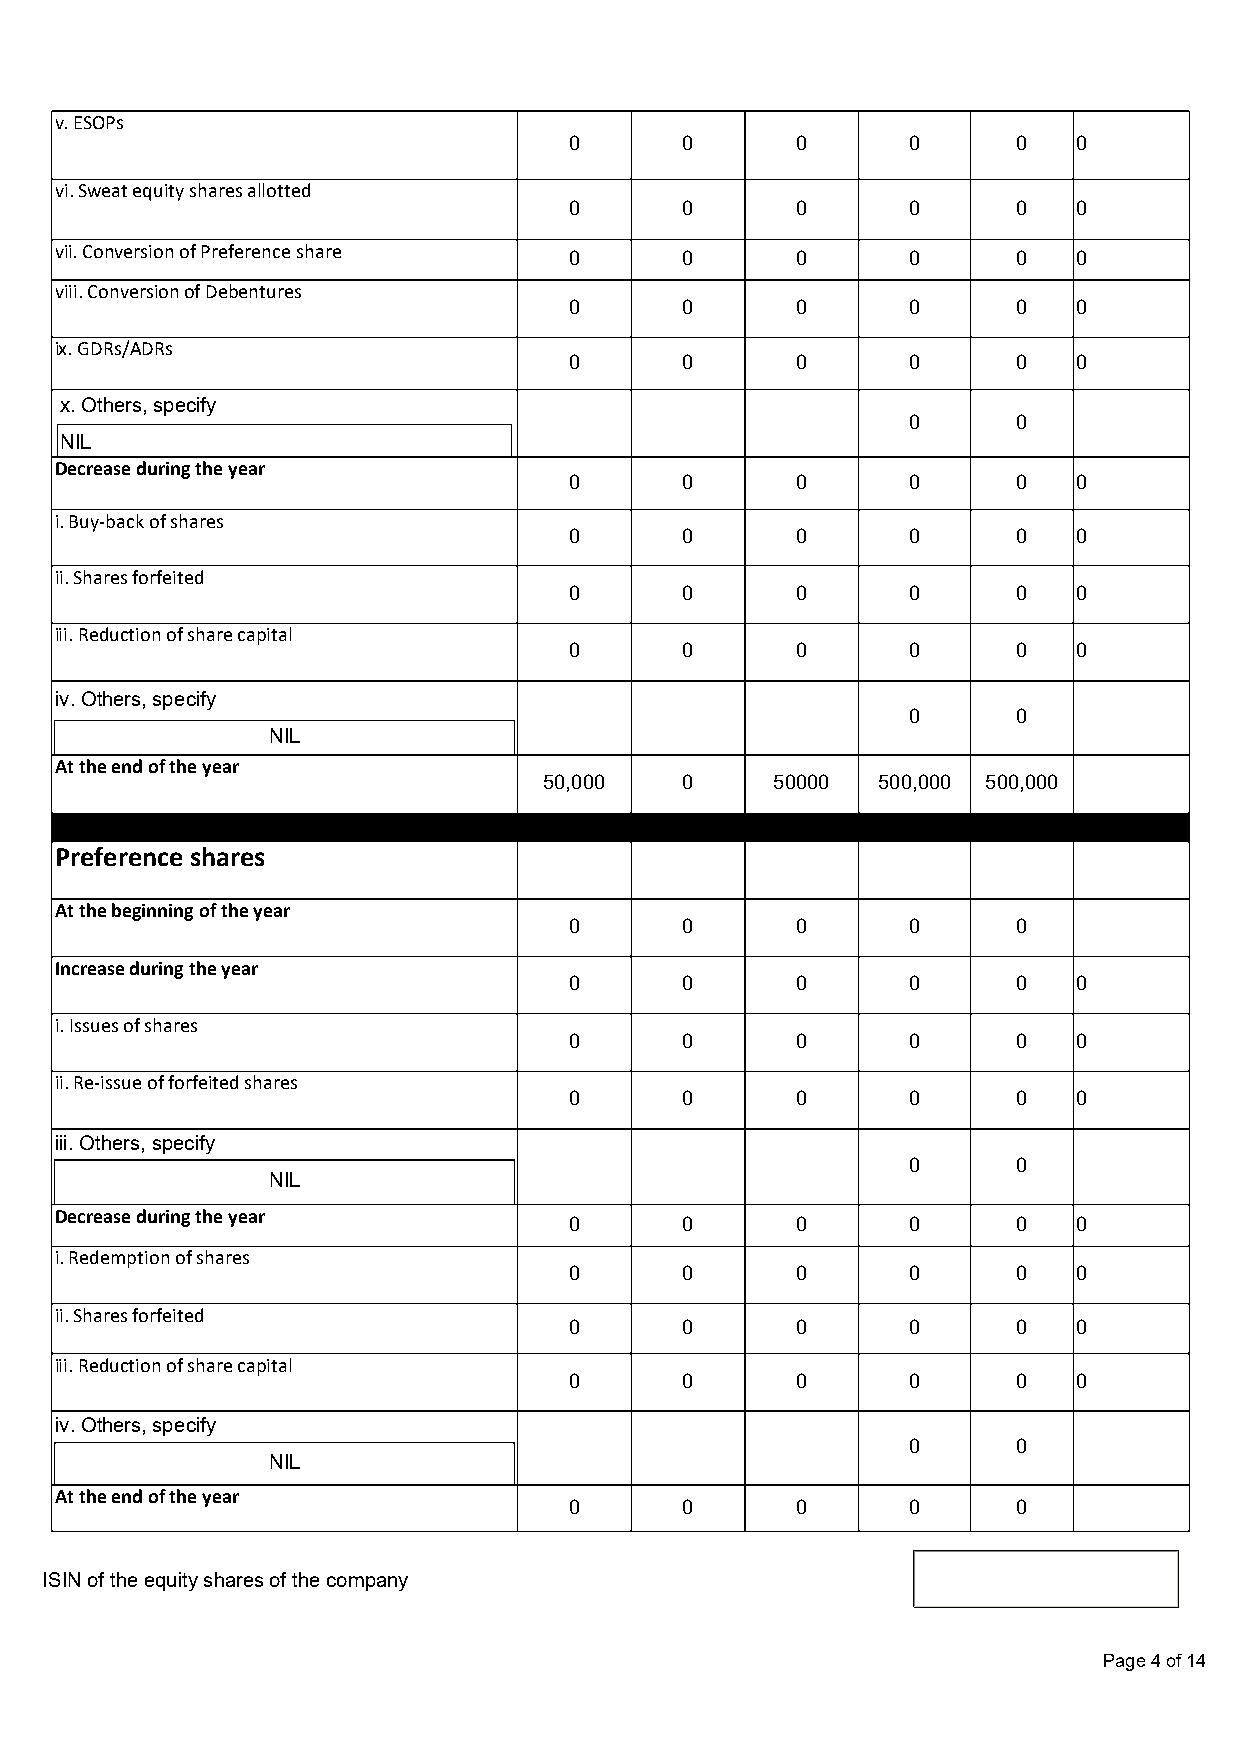
v. ESOPs
 0      0       0      0      0   0
 vi. Sweat equity shares allotted
 0      0       0      0      0   0
 vii. Conversion of Preference share 0    0       0      0      0   0
 viii. Conversion of Debentures
 0      0       0      0      0   0
 ix. GDRs/ADRs
 0      0       0      0      0   0
 x. Others, specify
 0      0
 NIL
 Decrease during the year
 0      0       0      0      0   0
 i. Buy-back of shares
 0      0       0      0      0   0
 ii. Shares forfeited
 0      0       0      0      0   0
 iii. Reduction of share capital
 0      0       0      0      0   0
 iv. Others, specify
 0      0
 NIL
 At the end of the year
 50,000   0     50000  500,000 500,000
 Preference shares
 At the beginning of the year
 0      0       0      0      0
 Increase during the year
 0      0       0      0      0   0
 i. Issues of shares
 0      0       0      0      0   0
 ii. Re-issue of forfeited shares
 0      0       0      0      0   0
 iii. Others, specify
 0      0
 NIL
 Decrease during the year
 0      0       0      0      0   0
 i. Redemption of shares
 0      0       0      0      0   0
 ii. Shares forfeited
 0      0       0      0      0   0
 iii. Reduction of share capital
 0      0       0      0      0   0
 iv. Others, specify
 0      0
 NIL
 At the end of the year
 0      0       0      0      0
 ISIN of the equity shares of the company
 Page 4 of 14